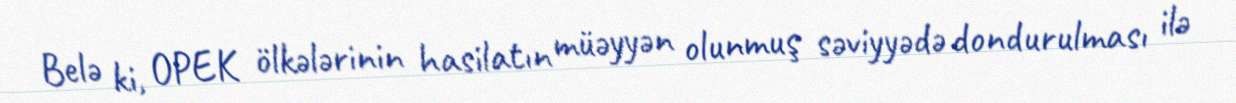
Belə ki, OPEK ölkələrinin hasilatın müəyyən olunmuş səviyyədə dondurulması ilə